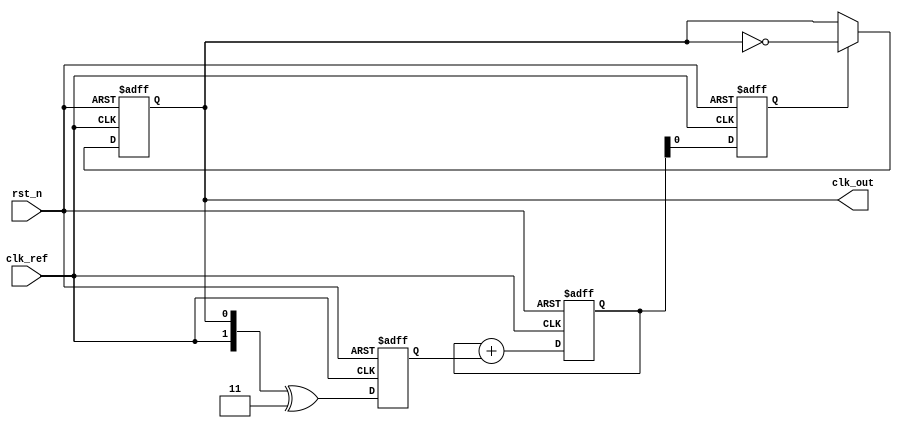
module PLL (
    input wire clk_ref,        // Reference clock input
    input wire rst_n,         // Active-low reset
    output reg clk_out        // Output clock
);

// Internal signals
reg [1:0] phase_error;       // Phase error signal
reg [7:0] control_voltage;    // Control voltage for VCO
reg [7:0] vco_output;         // VCO output frequency

// Phase Detector (PD)
always @(posedge clk_ref or negedge rst_n) begin
    if (!rst_n) begin
        phase_error <= 2'b00;
    end else begin
        // Simple XOR phase detector example
        phase_error <= {clk_ref, clk_out} ^ 2'b11; // Example logic
    end
end

// Loop Filter (LF)
always @(posedge clk_ref or negedge rst_n) begin
    if (!rst_n) begin
        control_voltage <= 8'b0;
    end else begin
        // Simple first-order digital filter (proportional control)
        control_voltage <= control_voltage + phase_error; // Integrating phase error
    end
end

// Voltage-Controlled Oscillator (VCO)
always @(posedge clk_ref or negedge rst_n) begin
    if (!rst_n) begin
        vco_output <= 8'b0; // Reset VCO output
    end else begin
        // VCO adjusts frequency based on control voltage
        vco_output <= control_voltage; // Directly using control voltage for frequency adjustment
    end
end

// Output Clock Generation
always @(posedge clk_ref or negedge rst_n) begin
    if (!rst_n) begin
        clk_out <= 1'b0; // Reset output clock
    end else begin
        // Generate clock output based on VCO output
        if (vco_output[0]) begin // Simple toggle based on an LSB for demonstration
            clk_out <= ~clk_out;
        end
    end
end

endmodule